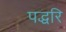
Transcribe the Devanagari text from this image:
पद्धरि